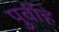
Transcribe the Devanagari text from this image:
पुर्वीहे